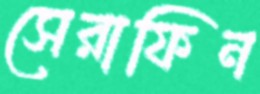
সেরাফিন